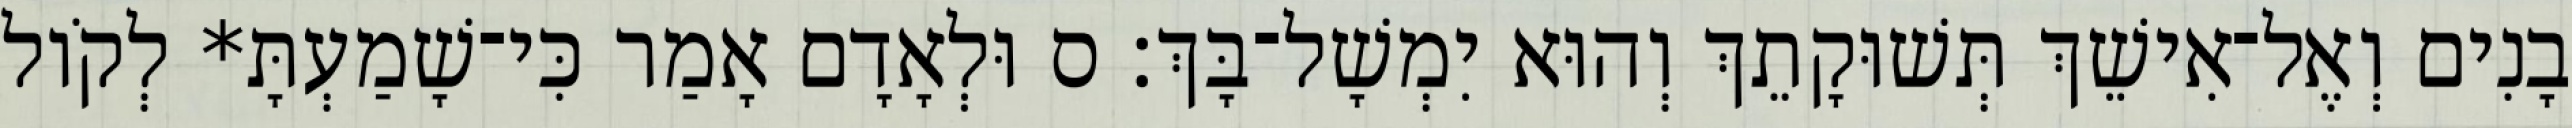
בָנִים וְאֶל־אִישֵׁךְ תְּשׁוּקָתֵךְ וְהוּא יִמְשָׁל־בָּךְ׃ ס וּלְאָדָם אָמַר כִּי־שָׁמַעְתָּ* לְקֹול